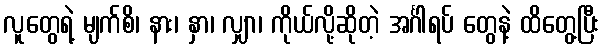
လူတွေရဲ့ မျက်စိ၊ နား၊ နှာ၊ လျှာ၊ ကိုယ်လို့ဆိုတဲ့ အင်္ဂါရပ် တွေနဲ့ ထိတွေ့ပြီး